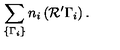
\sum _ { \{ \Gamma _ { i } \} } n _ { i } \left( { \cal R ^ { \prime } } \Gamma _ { i } \right) .